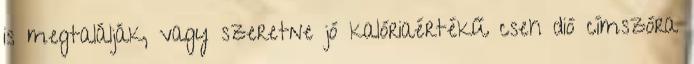
is megtalálják, vagy szeretne jó kalóriaértékű cseh dió címszóra